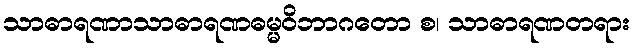
သာဓာရဏာသာဓာရဏဓမ္မဝိဘာဂတော စ၊ သာဓာရဏတရား